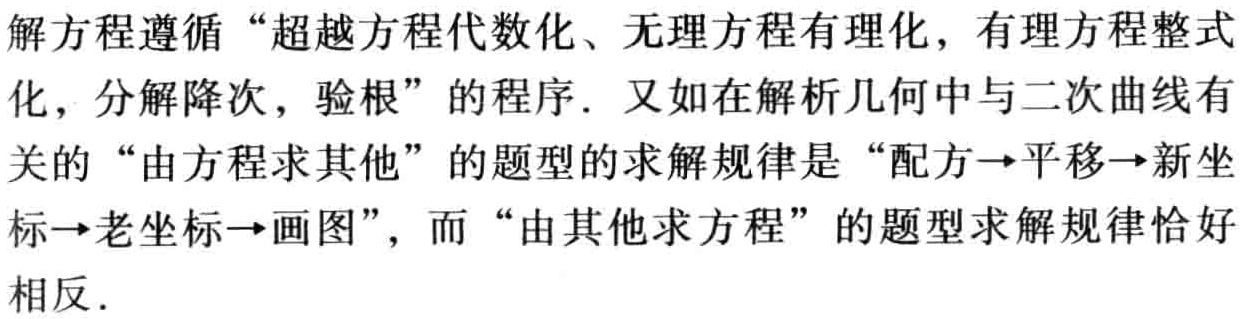
解方程遵循 “超越方程代数化、无理方程有理化，有理方程整式化，分解降次，验根” 的程序. 又如在解析几何中与二次曲线有关的 “由方程求其他” 的题型的求解规律是 “配方→平移→新坐标→老坐标→画图”，而 “由其他求方程” 的题型求解规律恰好相反.